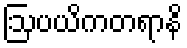
ဩပယိကတရာနိ